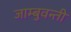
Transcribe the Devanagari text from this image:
जाम्बुवन्ती